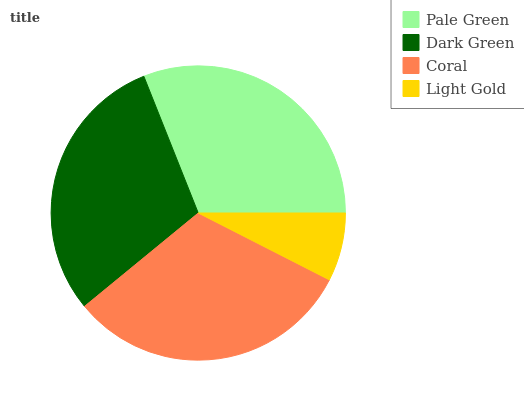
| Pale Green | Dark Green | Coral | Light Gold |
 | --- | --- | --- | --- |
 | 31% | 29.9% | 31.5% | 7.5% |